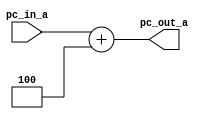
`timescale 1ns / 1ps
//////////////////////////////////////////////////////////////////////////////////
// Company: 
// Engineer: 
// 
// Design Name: 
// Module Name: ADD4
// Project Name: 
// Target Devices: 
// Tool Versions: 
// Description: 
// 
// Dependencies: 
// 
// Revision:
// Revision 0.01 - File Created
// Additional Comments:
// 
//////////////////////////////////////////////////////////////////////////////////


module ADD4(
input[31:0] pc_in_a,
output[31:0] pc_out_a//a for add4 module
    );
    
assign pc_out_a = pc_in_a + 3'd4;

endmodule